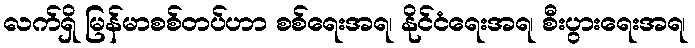
လက်ရှိ မြန်မာစစ်တပ်ဟာ စစ်ရေးအရ၊ နိုင်ငံရေးအရ၊ စီးပွားရေးအရ၊